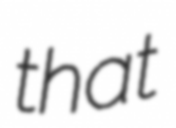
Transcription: that